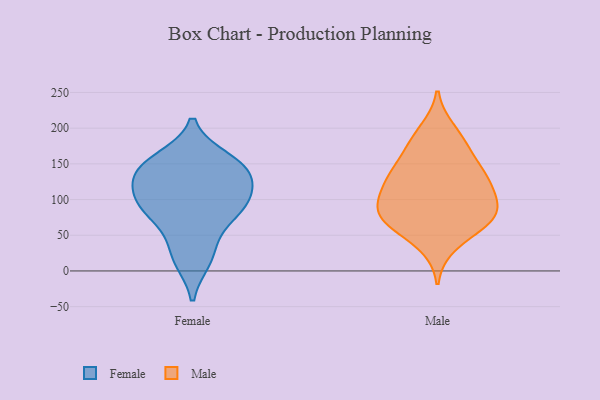
{"axis": {"x": "Churn Rate (%)", "y": "Value"}, "legend": ["Female", "Male"], "data": [{"x": "", "y": 140, "type": "Female"}, {"x": "", "y": 102, "type": "Female"}, {"x": "", "y": 17, "type": "Female"}, {"x": "", "y": 136, "type": "Female"}, {"x": "", "y": 155, "type": "Female"}, {"x": "", "y": 143, "type": "Female"}, {"x": "", "y": 27, "type": "Female"}, {"x": "", "y": 85, "type": "Female"}, {"x": "", "y": 142, "type": "Female"}, {"x": "", "y": 96, "type": "Female"}, {"x": "", "y": 97, "type": "Female"}, {"x": "", "y": 75, "type": "Female"}, {"x": "", "y": 65, "type": "Male"}, {"x": "", "y": 75, "type": "Male"}, {"x": "", "y": 115, "type": "Male"}, {"x": "", "y": 180, "type": "Male"}, {"x": "", "y": 135, "type": "Male"}, {"x": "", "y": 100, "type": "Male"}, {"x": "", "y": 73, "type": "Male"}, {"x": "", "y": 171, "type": "Male"}, {"x": "", "y": 196, "type": "Male"}, {"x": "", "y": 129, "type": "Male"}, {"x": "", "y": 142, "type": "Male"}, {"x": "", "y": 79, "type": "Male"}, {"x": "", "y": 37, "type": "Male"}, {"x": "", "y": 76, "type": "Male"}, {"x": "", "y": 89, "type": "Male"}, {"x": "", "y": 127, "type": "Male"}]}